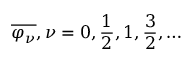
{ \overline { { \varphi _ { \nu } } } } , \nu = 0 , { \frac { 1 } { 2 } } , 1 , { \frac { 3 } { 2 } } , \ldots